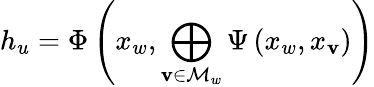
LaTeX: h_{u}=\Phi\left(x_{w},\bigoplus_{\mathbf{v}\in\mathcal{{M}}_{w}}\Psi\left(x_{w},x_{\mathbf{v}}\right)\right)